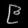
Digit: ၉